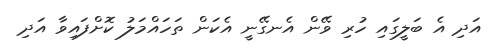
އަދި އެ ބަލީގައި ހުރި ވޭން އެނގޭނީ އެކަން ތަހައްމަލު ކޮށްފައިވާ އަދި